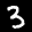
Label: 3